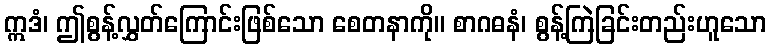
ဣဒံ၊ ဤစွန့်လွှတ်ကြောင်းဖြစ်သော စေတနာကို။ စာဂဓနံ၊ စွန့်ကြဲခြင်းတည်းဟူသော